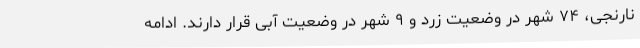
نارنجی، ۷۴ شهر در وضعیت زرد و ۹ شهر در وضعیت آبی قرار دارند. ادامه